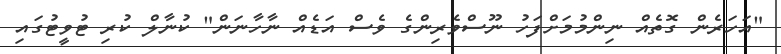
"އަހަރެން ގޮތެއް ނިންމުމަށްފަހު ނޫސްވެރިންގެ ވެސް އަޑެއް ނާހާނަން" ކުނާލް ކުރި ޓުވީޓުގައި